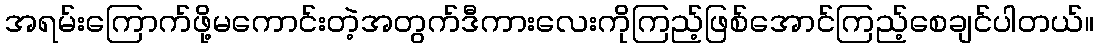
အရမ်းကြောက်ဖို့မကောင်းတဲ့အတွက်ဒီကားလေးကိုကြည့်ဖြစ်အောင်ကြည့်စေချင်ပါတယ်။